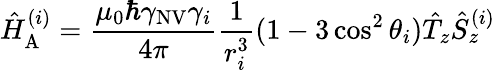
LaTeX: \hat{H}_{\mathrm{A}}^{(i)}=\frac{\mu_{0}\hbar\gamma_{\mathrm{NV}}\gamma_{i}}{4\pi}\frac{1}{r_{i}^{3}}(1-3\cos^{2}{\theta_{i}})\hat{T}_{z}\hat{S}_{z}^{(i)}